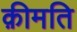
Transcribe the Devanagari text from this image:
क़ीमति